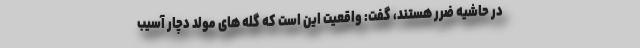
در حاشیه ضرر هستند، گفت: واقعیت این است که گله های مولد دچار آسیب